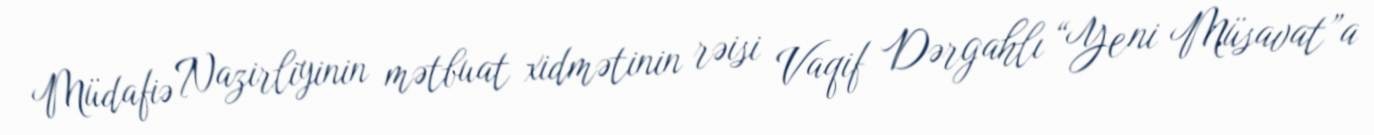
Müdafiə Nazirliyinin mətbuat xidmətinin rəisi Vaqif Dərgahlı “Yeni Müsavat”a